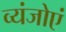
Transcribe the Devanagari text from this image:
व्यंजोएं